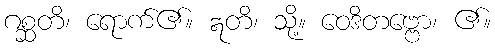
ဂစ္ဆတိ၊ ရောက်၏။ ဣတိ၊ သို့။ ဝေဒိတဗ္ဗော၊ ၏။